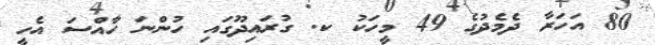
80 އަހަރާ ދެމެދުގެ 49 މީހަކު ކ. ގުރައިދޫގައި ހުންނަ ހާއްސަ އެހީ